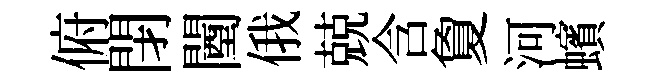
俯閉闉俄兢含夐河蠙